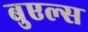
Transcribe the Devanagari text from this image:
बुएल्स